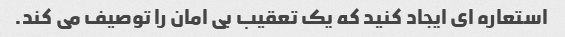
استعاره ای ایجاد کنید که یک تعقیب بی امان را توصیف می کند.